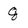
Character: 8